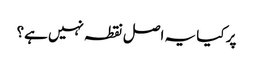
پر کیا یہ اصل نقطہ نہیں ہے؟